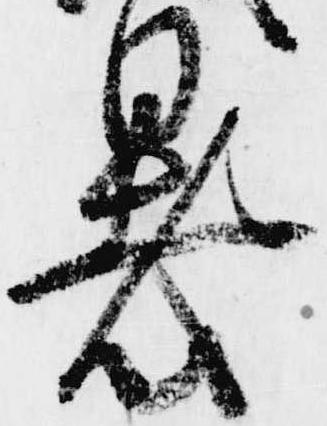
暑